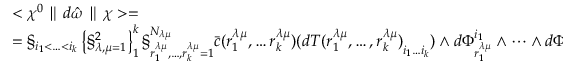
\begin{array} { l } { { < \chi ^ { 0 } \parallel d \hat { \omega } \parallel \chi > = } } \\ { { = \S _ { i _ { 1 } < \ldots < i _ { k } } \left\{ \S _ { \lambda , \mu = 1 } ^ { 2 } \right\} _ { 1 } ^ { k } \S _ { r _ { 1 } ^ { \lambda \mu } , \ldots , r _ { k } ^ { \lambda \mu } = 1 } ^ { N _ { \lambda \mu } } \bar { c } ( r _ { 1 } ^ { \lambda \mu } , \ldots r _ { k } ^ { \lambda \mu } ) { ( d T ( r _ { 1 } ^ { \lambda \mu } , \ldots , r _ { k } ^ { \lambda \mu } ) } _ { i _ { 1 } \ldots i _ { k } } ) \wedge d \Phi _ { r _ { 1 } ^ { \lambda \mu } } ^ { i _ { 1 } } \wedge \cdots \wedge { d \Phi } _ { r _ { k } ^ { \lambda \mu } } ^ { i _ { k } } . } } \end{array}